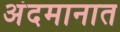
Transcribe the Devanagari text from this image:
अंदमानात